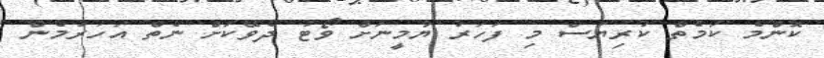
ކޮންމެ ކަމެތް ކުރިޔަސް މި ފަހަރު ޔާމީނަށް ވޯޓު ދެވޭކަށް ނެތް އަހަރުމެން